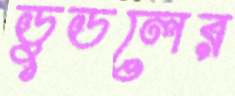
ডুডলের